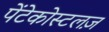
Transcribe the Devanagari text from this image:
पेंटेकोस्टलज़